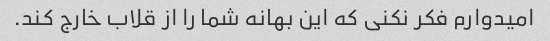
امیدوارم فکر نکنی که این بهانه شما را از قلاب خارج کند.